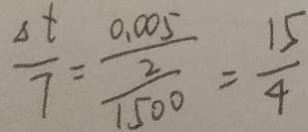
\frac { \Delta t } { 7 } = \frac { \frac { 0 . 0 0 5 } { 2 } } { 1 5 0 0 } = \frac { 1 5 } { 4 }